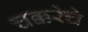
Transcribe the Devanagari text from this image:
चक्करेचे